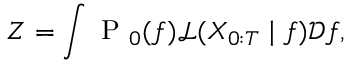
Z = \int \mathrm { ~ P ~ } _ { 0 } ( f ) \mathcal { L } ( X _ { 0 : T } \mid f ) \mathcal { D } f ,